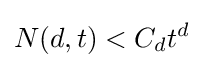
N(d,t)<C_{d}t^{d}